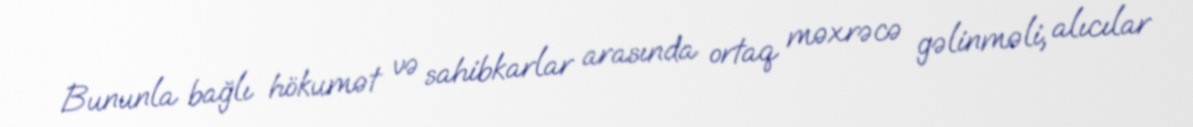
Bununla bağlı hökumət və sahibkarlar arasında ortaq məxrəcə gəlinməli, alıcılar